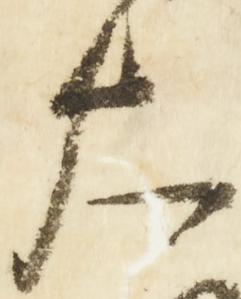
大